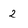
Character: 2